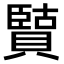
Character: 𫎡